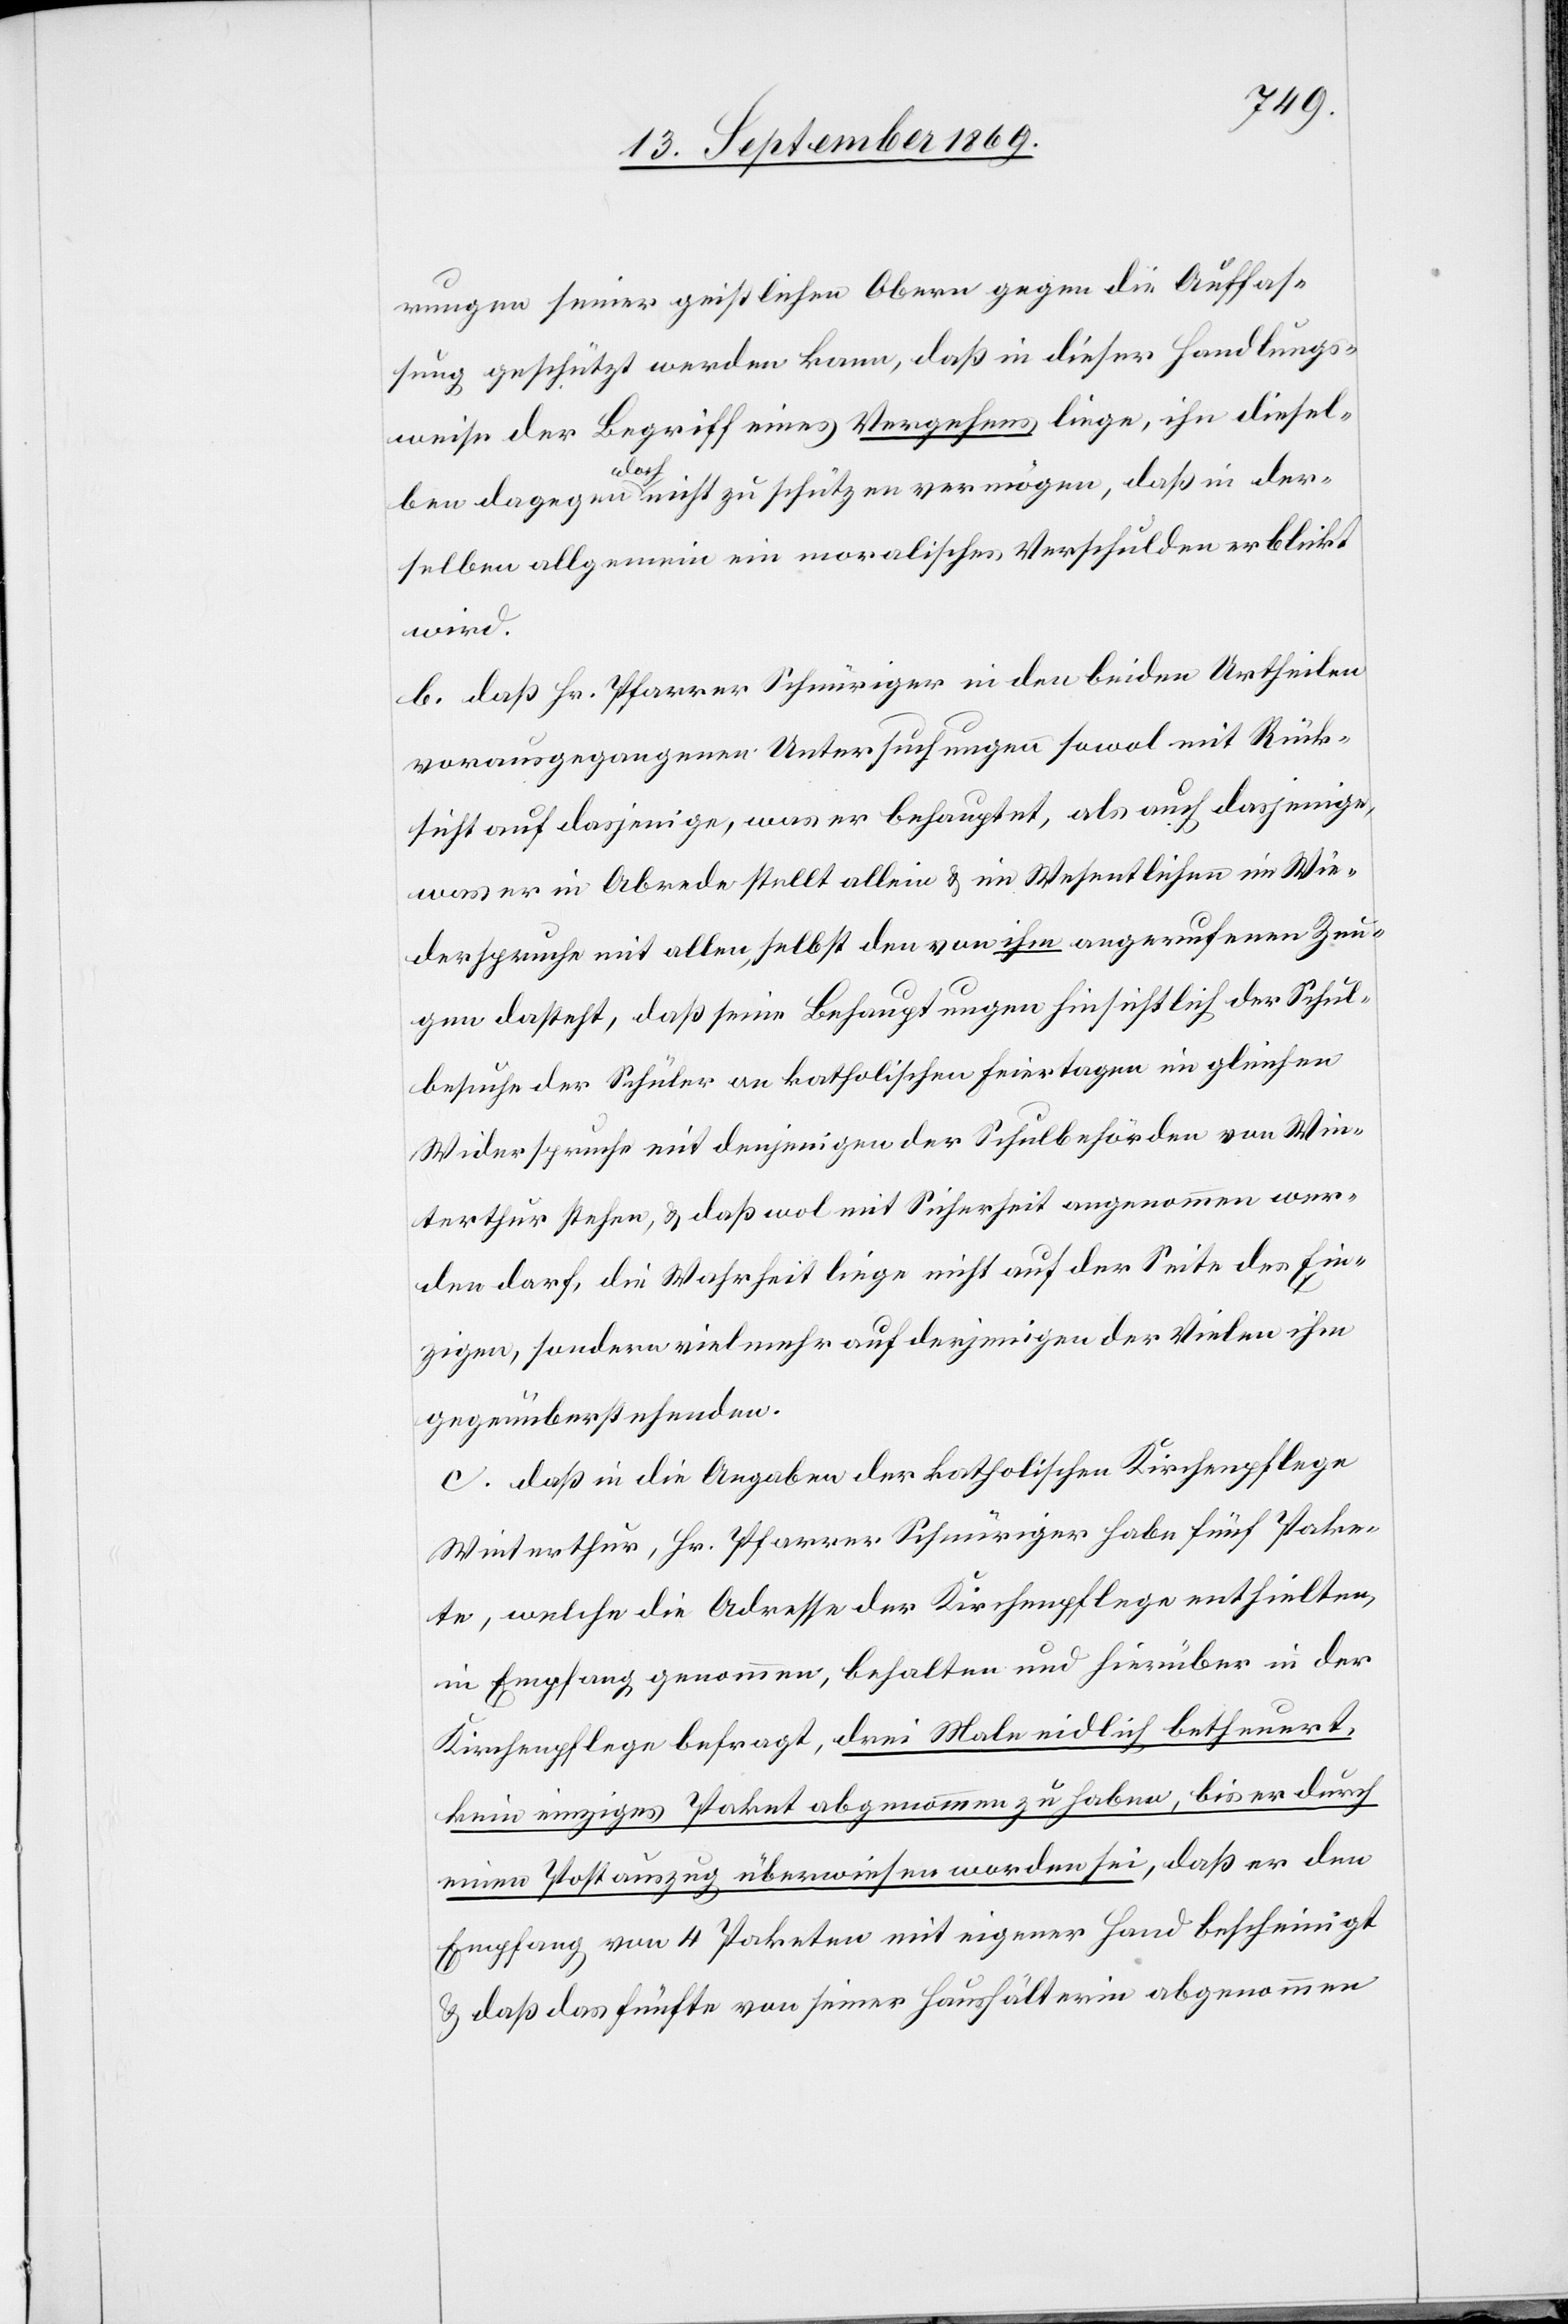
rungen seiner geistlichen Obern gegen die Auffas¬
sung geschützt werden kann, daß in dieser Handlungs¬
weise der Begriff eines Vergehens liege, ihn diesel¬
ben dagegen doch nicht zu schützen vermögen, daß in der¬
selben allgemein ein moralisches Verschulden erblickt
wird.
b. daß Hr. Pfarrer Schnüriger in den beiden Urtheilen
vorausgegangener Untersuchungen sowol mit Rück¬
sicht auf dasjenige, was er behauptet, als auch dasjenige,
was er in Abrede stellt allein & im Wesentlichen im Wie¬
derspruche mit allen, selbst den von ihm angerufenen Zeu¬
gen dasteht, daß seine Behauptungen hinsichtlich der Schul¬
besuche der Schüler an katholischen Feiertagen im gleichen
Widerspruche mit denjenigen der Schulbehörden von Win¬
terthur stehen, & daß wol mit Sicherheit angenommen wer¬
den darf, die Wahrheit liege nicht auf der Seite des Ein¬
zigen, sondern vielmehr auf derjenigen der Vielen ihm
gegenüberstehenden.
c. daß in die Angaben der katholischen Kirchenpflege
Winterthur, Hr. Pfarrer Schnüriger habe fünf Pake¬
te, welche die Adresse der Kirchenpflege enthielten,
in Empfang genommen, behalten und hierüber in der
Kirchenpflege befragt, drei Male eidlich betheuert,
kein einziges Paket abgenommen zu haben, bis er durch
einen Postauszug überwiesen worden sei, daß er den
Empfang von 4 Paketen mit eigener Hand bescheinigt
& daß das fünfte von seiner Haushälterin abgenommen